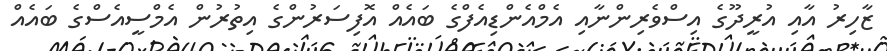
ޒާހިރު އާއި އުރީދޫގެ އިސްވެރިންނާއި އެމްއެންޑިއެފްގެ ބައެއް އޮފިސަރުންގެ އިތުރުން އެމްސީއެސްގެ ބައެއް